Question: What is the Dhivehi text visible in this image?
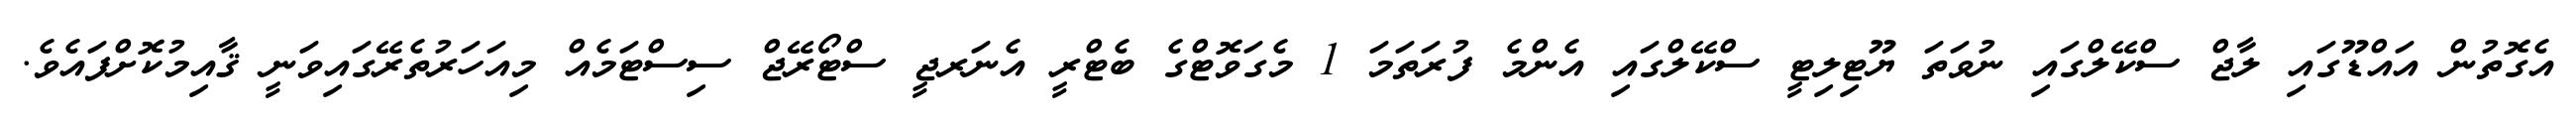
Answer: އެގޮތުން އައްޑޫގައި ލާޖް ސްކޭލްގައި ނުވަތަ ޔޫޓިލިޓީ ސްކޭލްގައި އެންމެ ފުރަތަމަ 1 މެގަވޮޓްގެ ބެޓްރީ އެނަރޖީ ސްޓޯރޭޖް ސިސްޓަމެއް މިއަހަރުތެރޭގައިވަނީ ޤާއިމުކޮށްފައެވެ.